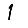
Digit: 1